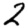
Digit: 2